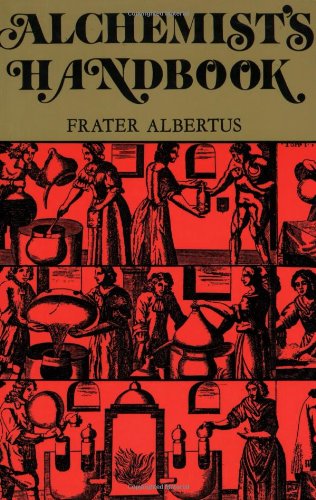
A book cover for The Alchemists Handbook: Manual for Practical Laboratory Alchemy; Frater Albertus; Reference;